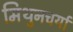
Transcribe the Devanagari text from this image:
मिथुनचर्या